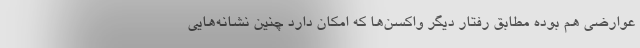
عوارضی هم بوده مطابق رفتار دیگر واکسن‌ها که امکان دارد چنین نشانه‌هایی